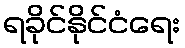
ရခိုင်နိုင်ငံရေး